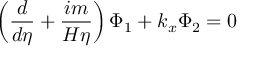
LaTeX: \left( \frac d { d \eta } + \frac { i m } { H \eta } \right) \Phi _ { 1 } + k _ { x } \Phi _ { 2 } = 0